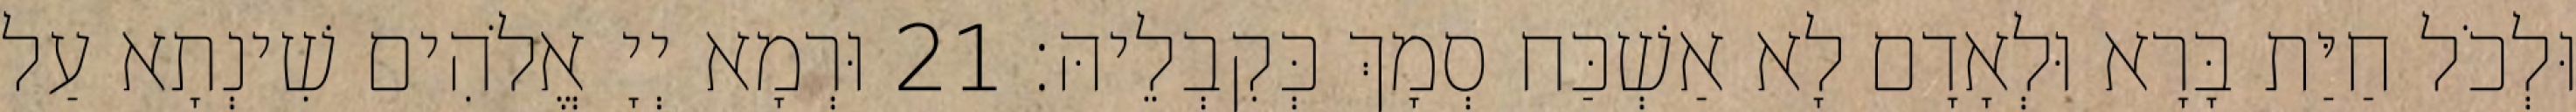
וּלְכֹל חַיַּת בָּרָא וּלְאָדָם לָא אַשְׁכַּח סְמָךְ כְּקִבְלֵיהּ׃ 21 וּרְמָא יְיָ אֱלֹהִים שִׁינְתָא עַל